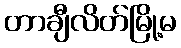
တာချီလိတ်မြို့မ